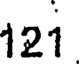
121